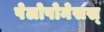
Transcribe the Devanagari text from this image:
पेलोपोनेसस्‌